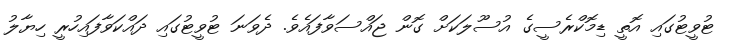
ޓުވީޓުގައި އޮތީ ޑިމޮކްރެސީގެ އުސޫލަކަށް ގޮން ޖައްސަވާފައެވެ. ދެވަނަ ޓުވީޓުގައި ދައްކަވާފައިހުރީ ހިޔާލު